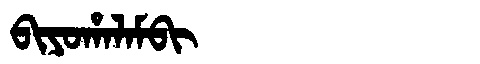
Manchu: ᠪᡳᠶᠣᡥᠠᠯᠠᠮᠪᡳ
Romanization: BIYOHALAMBI